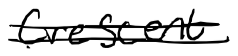
Text: Crescent.
Cross-out: double-line
Writing tool: digital_black